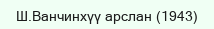
Ш.Ванчинхүү арслан (1943)